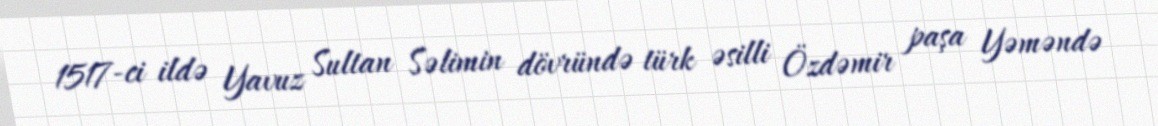
1517-ci ildə Yavuz Sultan Səlimin dövründə türk əsilli Özdəmir paşa Yəməndə